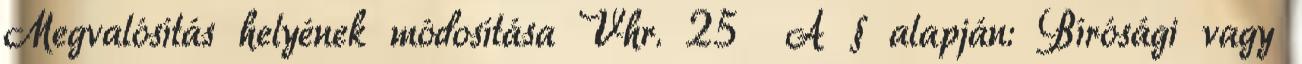
Megvalósítás helyének módosítása Vhr. 25 A § alapján: Bírósági vagy